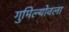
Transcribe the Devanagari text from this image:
गुमिल्योवला